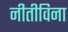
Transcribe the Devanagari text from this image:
नीतीविना